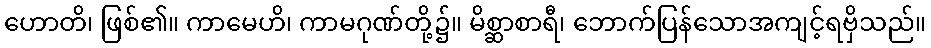
ဟောတိ၊ ဖြစ်၏။ ကာမေဟိ၊ ကာမဂုဏ်တို့၌။ မိစ္ဆာစာရီ၊ ဘောက်ပြန်သောအကျင့်ရဗှိသည်။